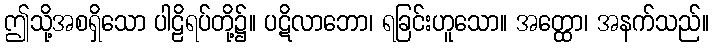
ဤသို့အစရှိသော ပါဠိရပ်တို့၌။ ပဋိလာဘော၊ ရခြင်းဟူသော။ အတ္ထော၊ အနက်သည်။